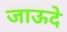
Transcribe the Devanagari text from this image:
जाऊदे